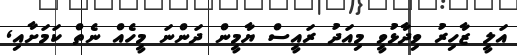
އަލީ ޒާހިރު ވިދާޅުވީ މިއަދު ރައީސް ޔާމީން ދަންނަ މީހެއް ނެތް ކަމަށާއި